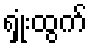
ရှုံးထွက်